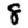
Digit: 8